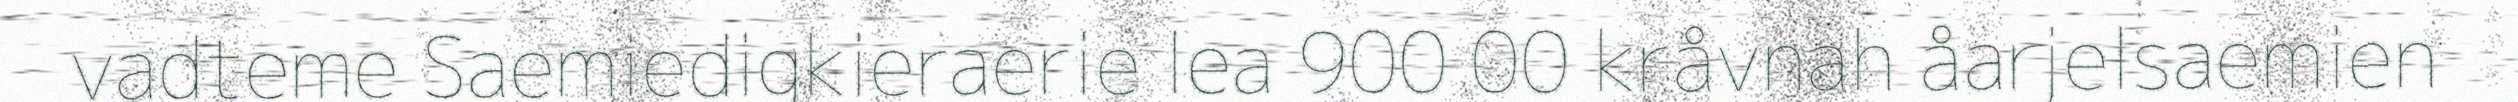
vadteme Saemiedigkieraerie lea 900 00 kråvnah åarjelsaemien